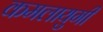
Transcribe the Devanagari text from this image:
कमलायुगी